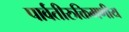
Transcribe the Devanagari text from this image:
पार्वतीरुक्तिमणीय